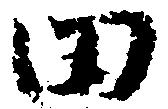
田